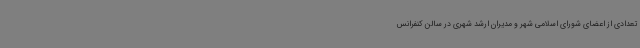
تعدادی از اعضای شورای اسلامی شهر و مدیران ارشد شهری در سالن کنفرانس